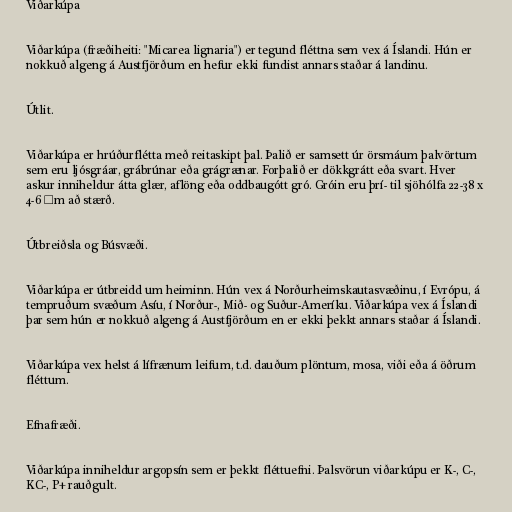
Viðarkúpa

Viðarkúpa (fræðiheiti: "Micarea lignaria") er tegund fléttna sem vex á Íslandi. Hún er
nokkuð algeng á Austfjörðum en hefur ekki fundist annars staðar á landinu.

Útlit.

Viðarkúpa er hrúðurflétta með reitaskipt þal. Þalið er samsett úr örsmáum þalvörtum
sem eru ljósgráar, grábrúnar eða grágrænar. Forþalið er dökkgrátt eða svart. Hver
askur inniheldur átta glær, aflöng eða oddbaugótt gró. Gróin eru þrí- til sjöhólfa 22-38 x
4-6 μm að stærð.

Útbreiðsla og Búsvæði.

Viðarkúpa er útbreidd um heiminn. Hún vex á Norðurheimskautasvæðinu, í Evrópu, á
tempruðum svæðum Asíu, í Norður-, Mið- og Suður-Ameríku. Viðarkúpa vex á Íslandi
þar sem hún er nokkuð algeng á Austfjörðum en er ekki þekkt annars staðar á Íslandi.

Viðarkúpa vex helst á lífrænum leifum, t.d. dauðum plöntum, mosa, viði eða á öðrum
fléttum.

Efnafræði.

Viðarkúpa inniheldur argopsín sem er þekkt fléttuefni. Þalsvörun viðarkúpu er K-, C-,
KC-, P+ rauðgult.